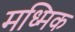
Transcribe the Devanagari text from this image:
मध्मिक